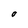
Character: O